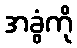
အခွံကို